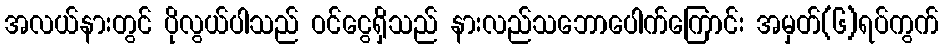
အလယ်နားတွင် ပိုလွယ်ပါသည် ဝင်ငွေရှိသည် နားလည်သဘောပေါက်ကြောင်း အမှတ်(၆)ရပ်ကွက်